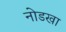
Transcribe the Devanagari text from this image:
नोडखा